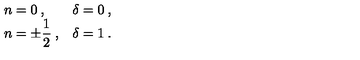
\begin{array} { l l } { n = 0 \: , } & { \delta = 0 \: , } \\ { n = \pm \displaystyle \frac { 1 } { 2 } \: , } & { \delta = 1 \: . } \\ \end{array}